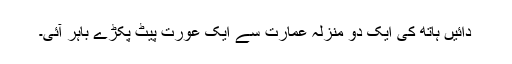
دائیں ہاتھ کی ایک دو منزلہ عمارت سے ایک عورت پیٹ پکڑے باہر آئی۔